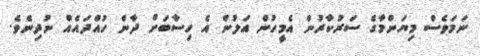
ނަމަވެސް މިޔަންމާގެ ސަރުކާރުން އެމީހުން އަލުން އެ ހިސާބަށް ދާން ހުއްދައެއް ނުދިނެވެ.